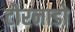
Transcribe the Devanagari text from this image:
टोरनाडो